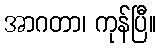
အာဂတာ၊ ကုန်ပြီ။